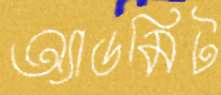
অ্যাডমিট